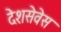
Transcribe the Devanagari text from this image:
देशसेवेस